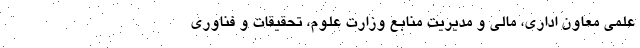
علمی معاون اداری، مالی و مدیریت منابع وزارت علوم، تحقیقات و فناوری